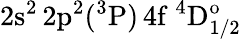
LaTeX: \mathrm{2s^{2}\, 2p^{2}(^{3}P)\, 4f~^{4}D_{1/2}^{o}}